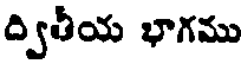
ద్వితీయ భాగము